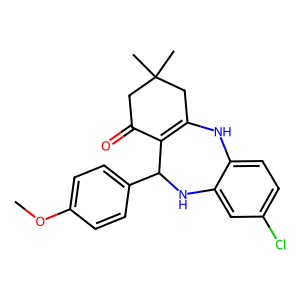
SMILES: COc1ccc(C2Nc3cc(Cl)ccc3NC3=C2C(=O)CC(C)(C)C3)cc1
Inhibits HIV replication: No